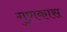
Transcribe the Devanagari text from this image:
गुणकास